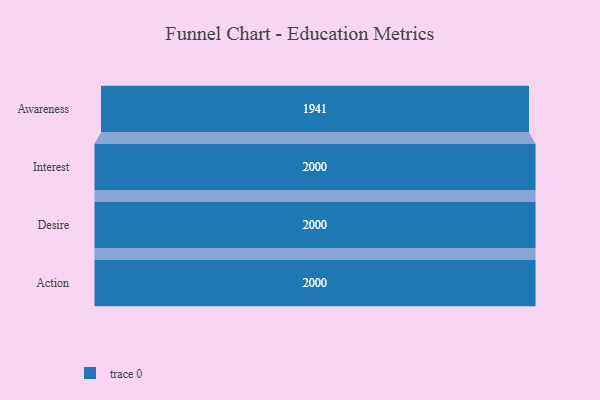
{"axis": {"x": "Stage", "y": "Value"}, "legend": [""], "data": [{"x": "Awareness", "y": 1941.0, "type": ""}, {"x": "Interest", "y": 2000, "type": ""}, {"x": "Desire", "y": 2000, "type": ""}, {"x": "Action", "y": 2000, "type": ""}]}